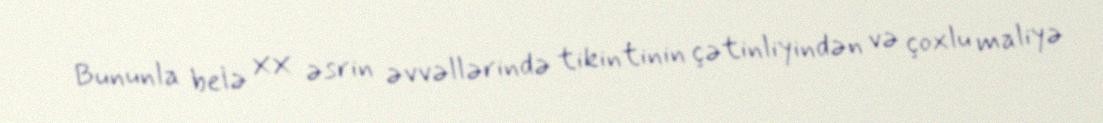
Bununla belə XX əsrin əvvəllərində tikintinin çətinliyindən və çoxlu maliyə